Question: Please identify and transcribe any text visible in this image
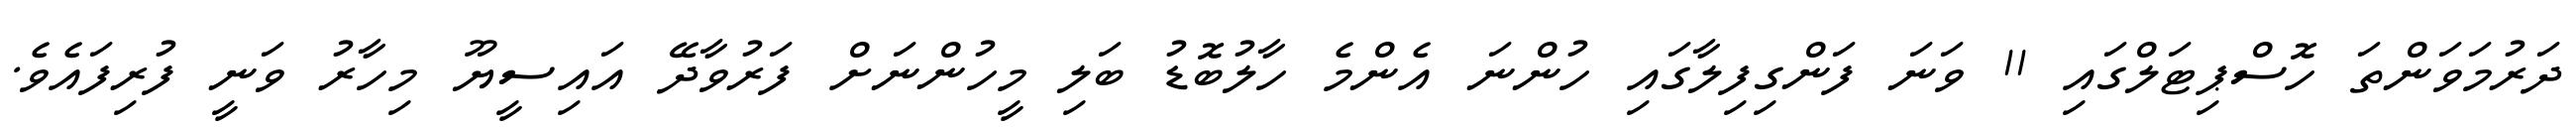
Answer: ދަރުމަވަންތަ ހޮސްޕިޓަލްގައި 11 ވަނަ ފަންގިފިލާގައި ހުންނަ އެންމެ ހާލުބޮޑު ބަލި މީހުންނަށް ފަރުވާދޭ އައިސީޔޫ މިހާރު ވަނީ ފުރިފައެވެ.